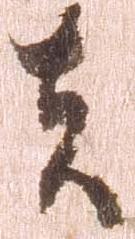
者